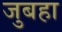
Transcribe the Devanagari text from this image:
जुबहा